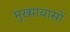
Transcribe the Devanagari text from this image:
मुख्यावासों